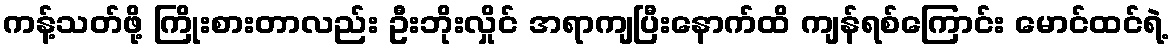
ကန့်သတ်ဖို့ ကြိုးစားတာလည်း ဦးဘိုးလှိုင် အရာကျပြီးနောက်ထိ ကျန်ရစ်ကြောင်း မောင်ထင်ရဲ့